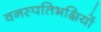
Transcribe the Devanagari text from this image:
वनस्पतिभक्षियों